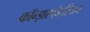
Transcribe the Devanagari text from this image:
कॉन्झरव्हेटरियन